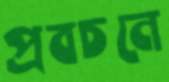
প্রবচনে